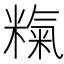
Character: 𱹗